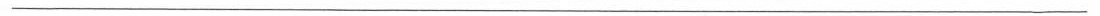
___